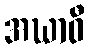
အဃာဝီ